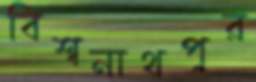
বিশ্বনাথপুর